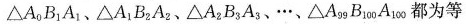
△A_{0}B_{1}A_{1}、△A_{1}B_{3}A_{2}、△A_{2}B_{3}A_{3}、…、△A_{99}B_{100}A_{100} 都为等